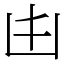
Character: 𠙹